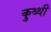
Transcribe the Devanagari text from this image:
कुथ्थी